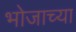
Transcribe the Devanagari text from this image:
भोजाच्या